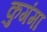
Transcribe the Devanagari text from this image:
कुगंमा